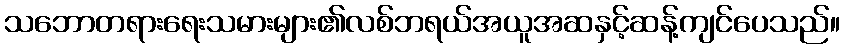
သဘောတရားရေးသမားများ၏လစ်ဘရယ်အယူအဆနှင့်ဆန့်ကျင်ပေသည်။